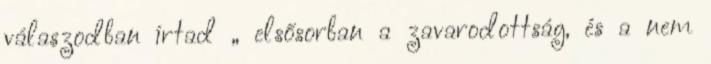
válaszodban írtad „ elsősorban a zavarodottság, és a nem